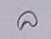
ล